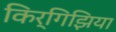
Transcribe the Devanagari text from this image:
किर्गिझिया